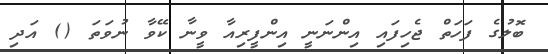
ބޮލުގެ ފަހަތް ޖެހިފައި އިންނަނީ އިންފީރިއާ ވީނާ ކޭވާ ނުވަތަ () އަދި